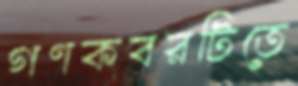
গণকবরটিতে